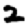
Digit: 2